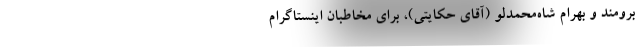
برومند و بهرام شاه‌محمدلو (آقای حکایتی)، برای مخاطبان اینستاگرام